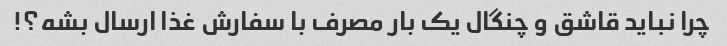
چرا نباید قاشق و چنگال یک بار مصرف با سفارش غذا ارسال بشه؟!